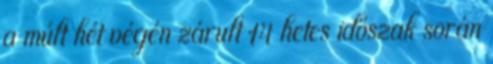
a múlt hét végén zárult 14 hetes időszak során